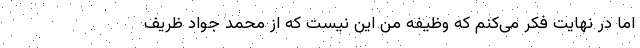
اما در نهایت فکر می‌کنم که وظیفه من این نیست که از محمد جواد ظریف